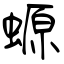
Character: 螈